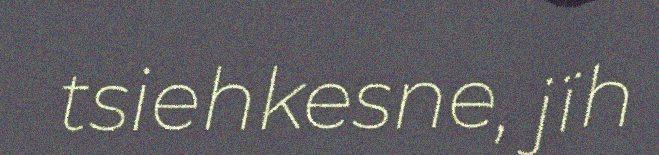
tsiehkesne, jïh